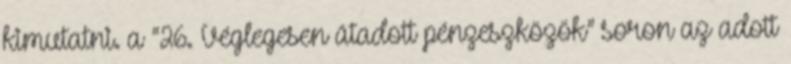
kimutatni. a “26. Véglegesen átadott pénzeszközök” soron az adott